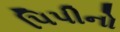
પિપીનો